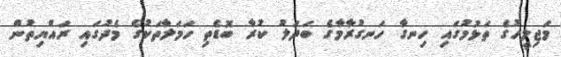
މަޖިލީހުގެ ތަޅުމުގައި ހިނގާ ހަނގުރާމާގެ ބަދަލު ކުރާ ބޮޑެތި ހަމަލާތަކުގެ މެދުގައި ރައްޔިތުން